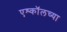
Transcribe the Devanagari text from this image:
एश्कॉलच्या